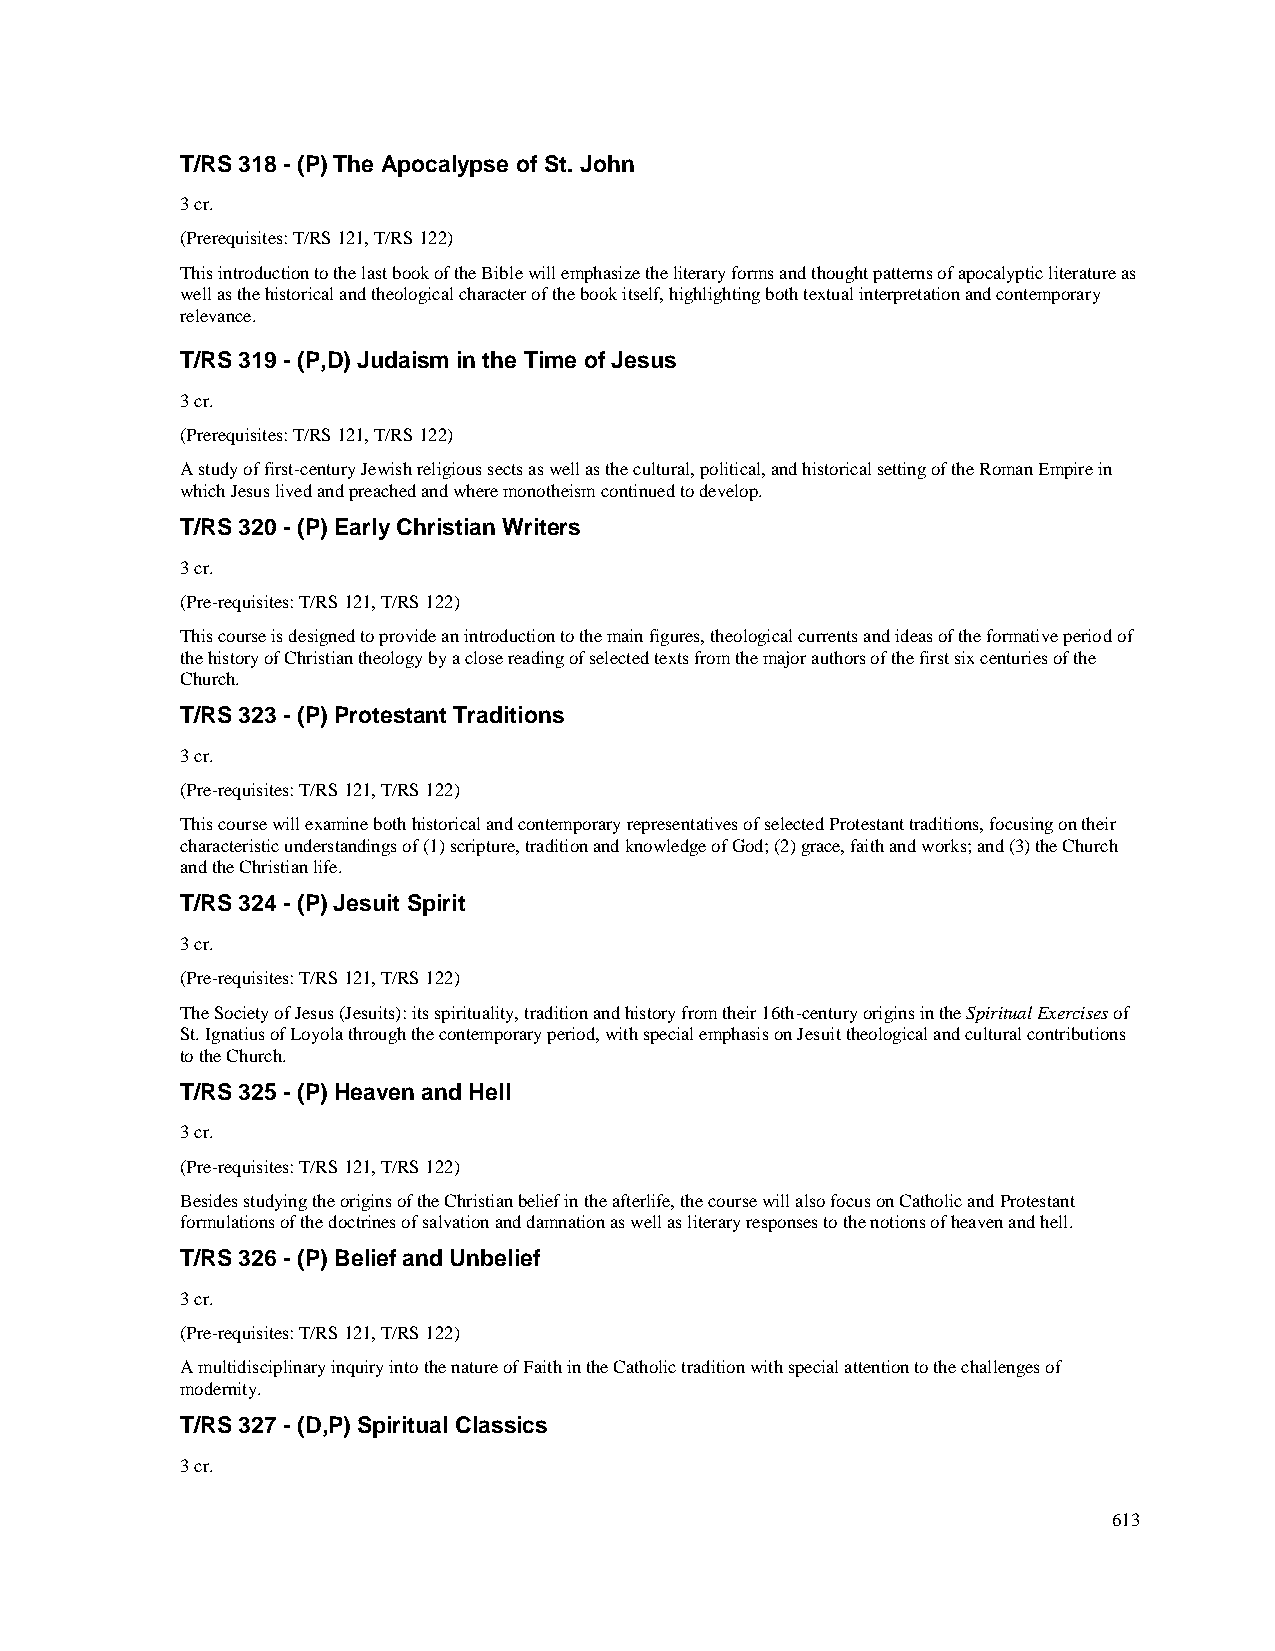
T/RS 318 - (P) The Apocalypse of St. John
 3 cr.
 (Prerequisites: T/RS 121, T/RS 122)
 This introduction to the last book of the Bible will emphasize the literary forms and thought patterns of apocalyptic literature as
 well as the historical and theological character of the book itself, highlighting both textual interpretation and contemporary
 relevance.
 T/RS 319 - (P,D) Judaism in the Time of Jesus
 3 cr.
 (Prerequisites: T/RS 121, T/RS 122)
 A study of first-century Jewish religious sects as well as the cultural, political, and historical setting of the Roman Empire in
 which Jesus lived and preached and where monotheism continued to develop.
 T/RS 320 - (P) Early Christian Writers
 3 cr.
 (Pre-requisites: T/RS 121, T/RS 122)
 This course is designed to provide an introduction to the main figures, theological currents and ideas of the formative period of
 the history of Christian theology by a close reading of selected texts from the major authors of the first six centuries of the
 Church.
 T/RS 323 - (P) Protestant Traditions
 3 cr.
 (Pre-requisites: T/RS 121, T/RS 122)
 This course will examine both historical and contemporary representatives of selected Protestant traditions, focusing on their
 characteristic understandings of (1) scripture, tradition and knowledge of God; (2) grace, faith and works; and (3) the Church
 and the Christian life.
 T/RS 324 - (P) Jesuit Spirit
 3 cr.
 (Pre-requisites: T/RS 121, T/RS 122)
 The Society of Jesus (Jesuits): its spirituality, tradition and history from their 16th-century origins in the Spiritual Exercises of
 St. Ignatius of Loyola through the contemporary period, with special emphasis on Jesuit theological and cultural contributions
 to the Church.
 T/RS 325 - (P) Heaven and Hell
 3 cr.
 (Pre-requisites: T/RS 121, T/RS 122)
 Besides studying the origins of the Christian belief in the afterlife, the course will also focus on Catholic and Protestant
 formulations of the doctrines of salvation and damnation as well as literary responses to the notions of heaven and hell.
 T/RS 326 - (P) Belief and Unbelief
 3 cr.
 (Pre-requisites: T/RS 121, T/RS 122)
 A multidisciplinary inquiry into the nature of Faith in the Catholic tradition with special attention to the challenges of
 modernity.
 T/RS 327 - (D,P) Spiritual Classics
 3 cr.
 613